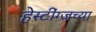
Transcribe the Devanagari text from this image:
हेस्टींग्जच्या